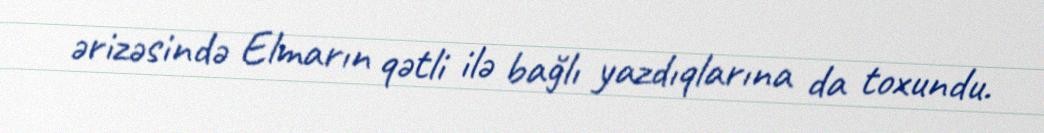
ərizəsində Elmarın qətli ilə bağlı yazdıqlarına da toxundu.